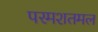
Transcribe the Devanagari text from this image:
परमशतमल